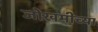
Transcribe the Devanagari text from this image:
जोखमीच्या